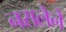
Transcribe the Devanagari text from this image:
नसलेने